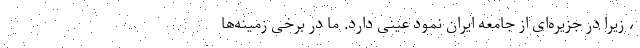
، زیرا در جزیره‌ای از جامعه ایران نمود عینی دارد. ما در برخی زمینه‌ها